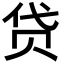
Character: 贷